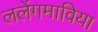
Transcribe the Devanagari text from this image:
ललेंगमाविया